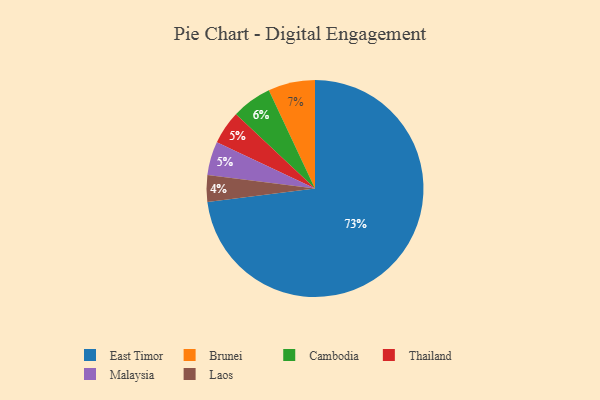
{"axis": {"x": "Category", "y": "Percentage"}, "legend": ["Brunei", "Cambodia", "East Timor", "Laos", "Malaysia", "Thailand"], "data": [{"x": "Thailand", "y": 5, "type": "Thailand"}, {"x": "East Timor", "y": 73, "type": "East Timor"}, {"x": "Malaysia", "y": 5, "type": "Malaysia"}, {"x": "Laos", "y": 4, "type": "Laos"}, {"x": "Brunei", "y": 7, "type": "Brunei"}, {"x": "Cambodia", "y": 6, "type": "Cambodia"}]}